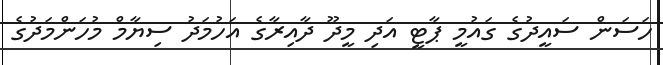
ހަސަން ސައީދުގެ ގައުމީ ޕާޓީ އަދި މީދޫ ދާއިރާގެ އަހުމަދު ސިޔާމް މުހަންމަދުގެ